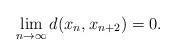
LaTeX: \begin{align*} \displaystyle \lim_{n \to \infty} d(x_n,x_{n+2})=0.\end{align*}